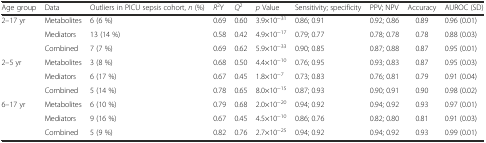
| Age group | Data | Outliers in PICU sepsis cohort, n (%) | R2Y | Q2 | p Value | Sensitivity; specificity | PPV; NPV | Accuracy | AUROC (SD) |
 | --- | --- | --- | --- | --- | --- | --- | --- | --- | --- |
 | <ROWSPAN=3> 2–17 yr | Metabolites | 6 (6 %) | 0.69 | 0.60 | 3.9×10−31 | 0.86; 0.91 | 0.92; 0.86 | 0.89 | 0.96 (0.01) |
 | Mediators | 13 (14 %) | 0.58 | 0.42 | 4.9×10−17 | 0.79; 0.77 | 0.78; 0.78 | 0.78 | 0.88 (0.03) |
 | Combined | 7 (7 %) | 0.69 | 0.62 | 5.9×10−33 | 0.90; 0.85 | 0.87; 0.88 | 0.87 | 0.95 (0.01) |
 | <ROWSPAN=3> 2–5 yr | Metabolites | 3 (8 %) | 0.68 | 0.50 | 4.4×10−10 | 0.76; 0.95 | 0.93; 0.83 | 0.87 | 0.95 (0.03) |
 | Mediators | 6 (17 %) | 0.67 | 0.45 | 1.8×10−7 | 0.73; 0.83 | 0.76; 0.81 | 0.79 | 0.91 (0.04) |
 | Combined | 5 (14 %) | 0.78 | 0.65 | 8.0×10−15 | 0.87; 0.93 | 0.90; 0.91 | 0.90 | 0.98 (0.02) |
 | <ROWSPAN=3> 6–17 yr | Metabolites | 6 (10 %) | 0.79 | 0.68 | 2.0×10−20 | 0.94; 0.92 | 0.94; 0.92 | 0.93 | 0.97 (0.01) |
 | Mediators | 9 (16 %) | 0.67 | 0.45 | 4.5×10−10 | 0.86; 0.76 | 0.82; 0.80 | 0.81 | 0.91 (0.03) |
 | Combined | 5 (9 %) | 0.82 | 0.76 | 2.7×10−25 | 0.94; 0.92 | 0.94; 0.92 | 0.93 | 0.99 (0.01) |